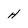
Character: H